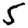
Digit: 5